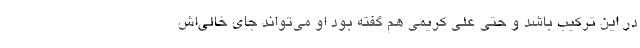
در این ترکیب باشد و حتی علی کریمی هم گفته بود او می‌تواند جای خالی‌اش